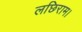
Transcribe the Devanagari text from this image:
लछिराम।